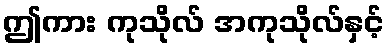
ဤကား ကုသိုလ် အကုသိုလ်နှင့်